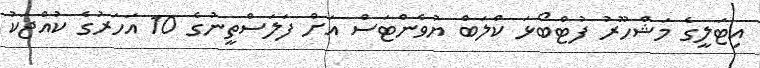
އިޓަލީގެ މަޝްހޫރު ފުޓްބޯޅަ ކްލަބް ޔުވެންޓަސް އަށް ފަަލަސްތީނުގެ 10 އަހަރުގެ ކުއްޖަކު